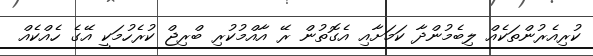
ކުރިއެރުންތަކެއް ލިބެމުންދާ ކަމަށާއި އެގޮތުން ރޭ އާއްމުކުރި ބްރިޖް ކުރެހުމަކީ އޭގެ ހެއްކެއް